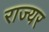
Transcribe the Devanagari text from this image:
राज्यर